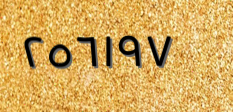
٢٥٦١٩٧